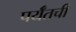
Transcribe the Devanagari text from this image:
पर्यँतची